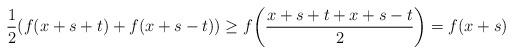
LaTeX: \begin{align*}\frac{1}{2}(f(x+s+t)+f(x+s-t))\geq f\bigg(\frac{x+s+t+x+s-t}{2}\bigg)=f(x+s)\end{align*}